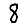
Digit: 8